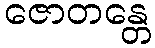
ဇောတန္တေ